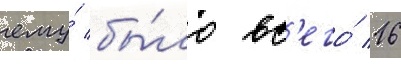
ему́ бы́ло вс'его́ 16